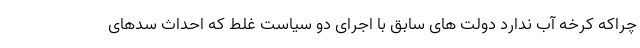
چراکه کرخه آب ندارد دولت های سابق با اجرای دو سیاست غلط که احداث سدهای